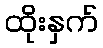
ထိုးနှက်